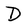
Character: D